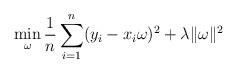
LaTeX: \begin{align*}\begin{aligned}\min\limits_{\omega} \frac{1}{n} \sum_{i=1}^{n} (y_i -x_i \omega)^2 +\lambda \|\omega\|^2\end{aligned}\end{align*}